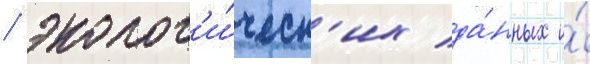
/ эколог'и́ческ'их да́нных и́